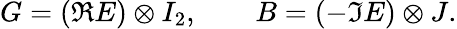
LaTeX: G=({\Re}E)\otimes I_{2},\qquad B=(-{\Im}E)\otimes J.